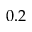
0 . 2